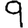
Digit: 9